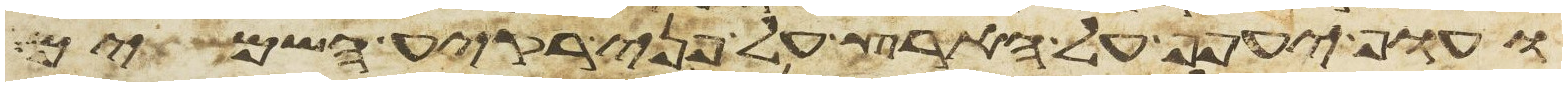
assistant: ועוף יעפף על הארץ על פני רקיע השמים